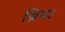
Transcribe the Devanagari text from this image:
ब्रिया